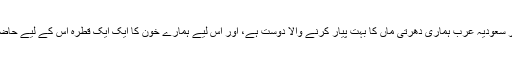
ہمیں بچپن سے آج تک یہی سکھایا گیا کہ سعودی عرب کے لوگ حقیقی مسلمان ہیں، اور سعودیہ عرب ہماری دھرتی ماں کا بہت پیار کرنے والا دوست ہے، اور اس لیے ہمارے خون کا ایک ایک قطرہ اس کے لیے حاضر ہے، بیشک سعودیہ عرب والوں کی طرف سے پیٹرول کا ایک قطرہ بھی حاضر نہیں۔